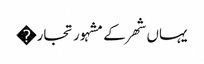
یہاں شھر کے مشہور تجار�